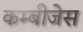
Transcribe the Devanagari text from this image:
कम्बीजेस